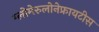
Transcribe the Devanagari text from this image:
ग्लोमेरुलोनेफ्रायटीस